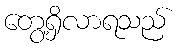
တွေ့ရှိလာရသည်